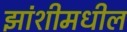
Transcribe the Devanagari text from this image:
झांशीमधील